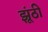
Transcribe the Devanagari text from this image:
झूंठी